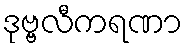
ဒုဗ္ဗလီကရဏာ